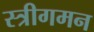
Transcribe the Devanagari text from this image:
स्त्रीगमन